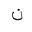
Letter: _non